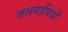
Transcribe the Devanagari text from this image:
तलमापियों